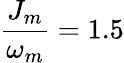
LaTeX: \frac{J_{m}}{\omega_{m}}=1.5